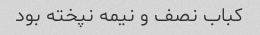
کباب نصف و نیمه نپخته بود